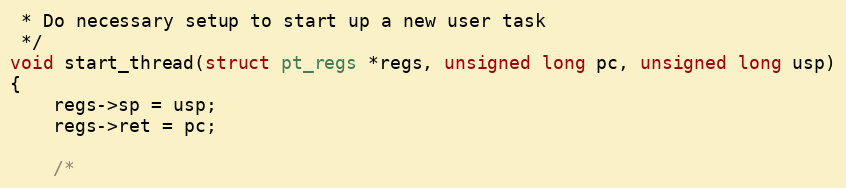
Language: C
 * Do necessary setup to start up a new user task
 */
void start_thread(struct pt_regs *regs, unsigned long pc, unsigned long usp)
{
	regs->sp = usp;
	regs->ret = pc;

	/*